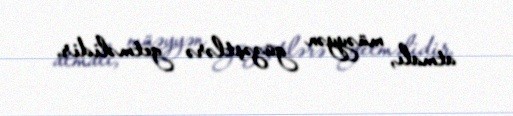
atmalı, müəyyən güzəştlərə getməlidir.